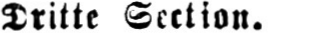
Dritte Section.